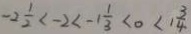
- 2 \frac { 1 } { 2 } < - 2 < - 1 \frac { 1 } { 3 } < 0 < 1 \frac { 3 } { 4 }